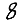
Digit: 8